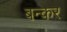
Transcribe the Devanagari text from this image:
बन्कर